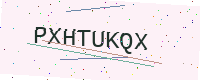
Text: PXHTUKQX